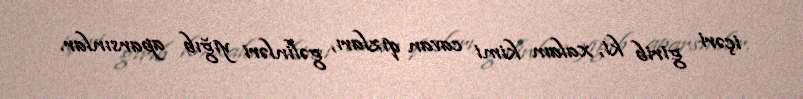
içəri girib ki, xalam kimi cavan qızları, gəlinləri yığıb aparsınlar.